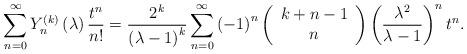
LaTeX: \begin{align*}\sum_{n=0}^{\infty }Y_{n}^{\left( k\right) }\left( \lambda \right) \frac{t^{n}}{n!}=\frac{2^{k}}{\left( \lambda -1\right) ^{k}}\sum_{n=0}^{\infty}\left( -1\right) ^{n}\left( \begin{array}{c}k+n-1 \\ n\end{array}\right) \left( \frac{\lambda ^{2}}{\lambda -1}\right) ^{n}t^{n}.\end{align*}